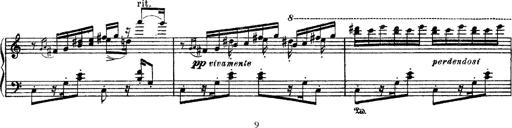
Title: Apparitions
Composer: Franz Liszt